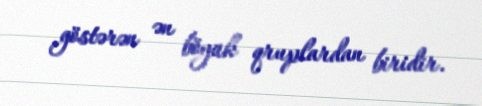
göstərən ən böyük qruplardan biridir.